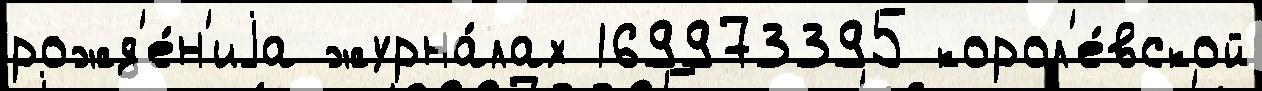
рожд'е́н'иjа журна́лах 169973395 корол'е́вской